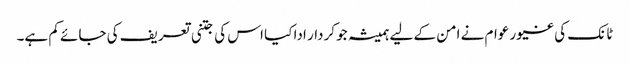
ٹانک کی غیور عوام نے امن کے لیے ہمیشہ جو کردار ادا کیا اس کی جتنی تعریف کی جائے کم ہے۔